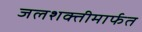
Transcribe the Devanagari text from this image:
जलशक्तीमार्फत